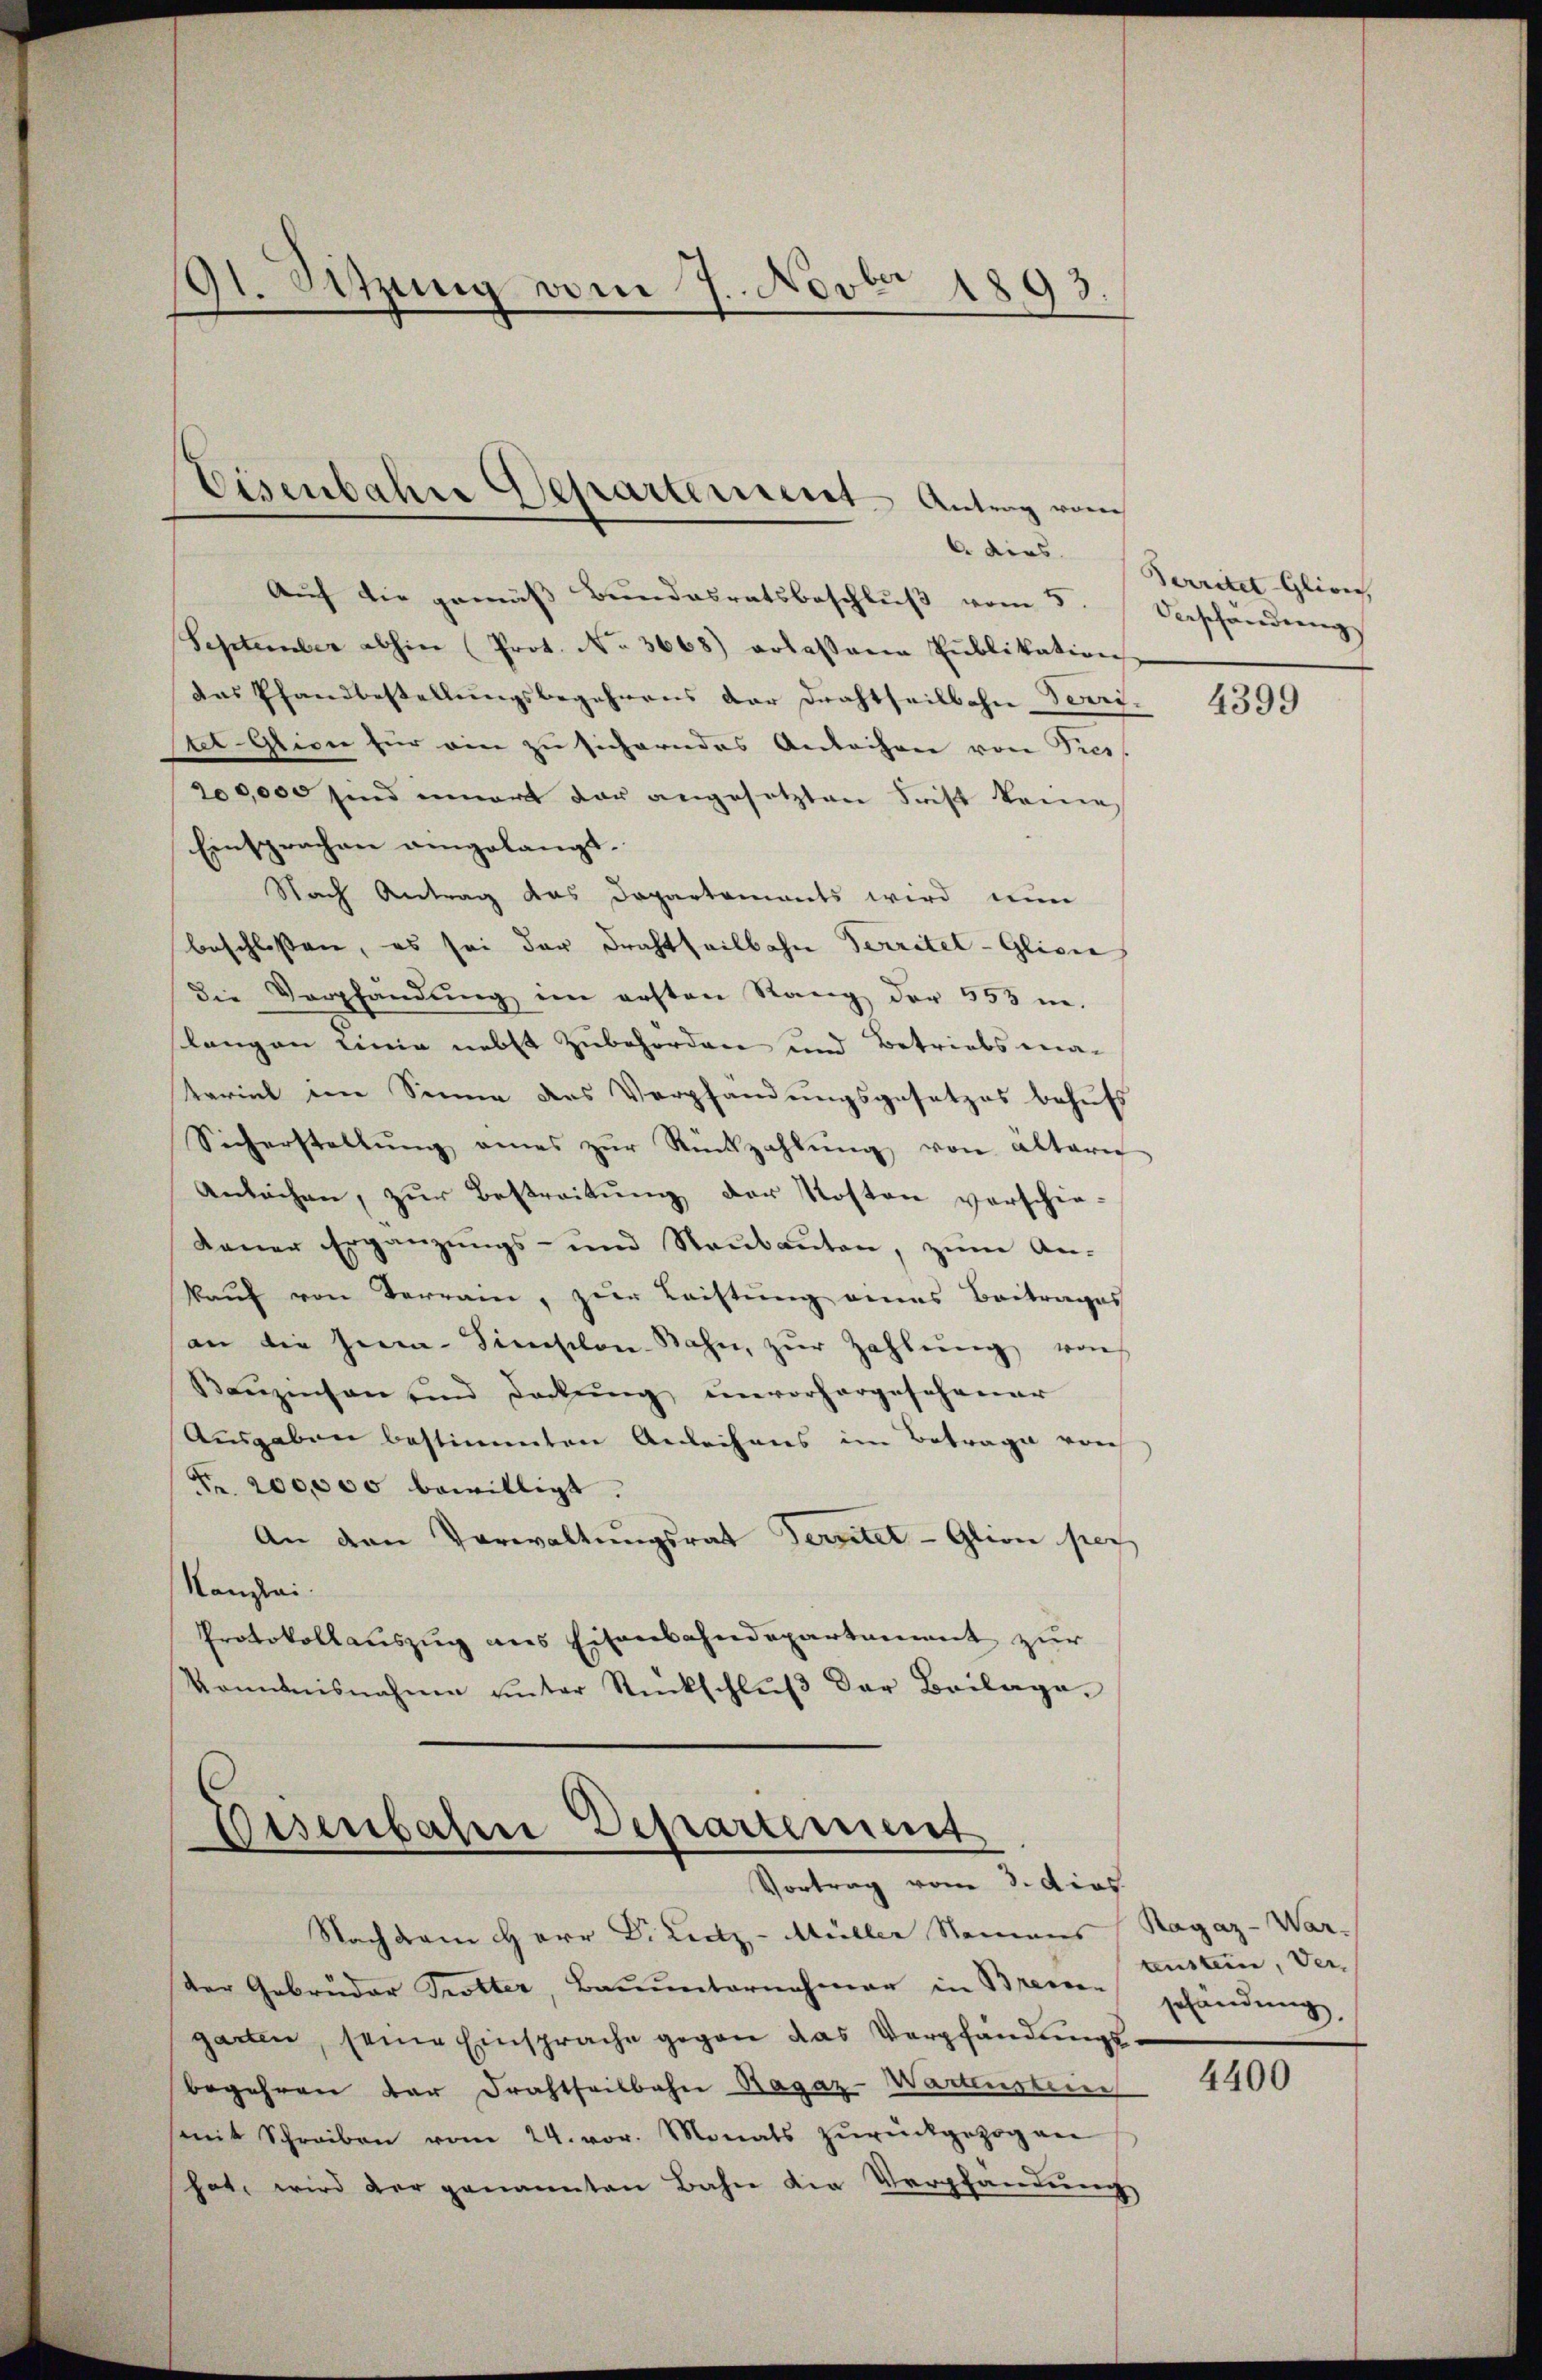
Auf die gemäß Bundesratsbeschluß vom 5
September abhin (Prot. No. 3668) erlassene Pŭblikation
das Pfandbestellungsbegehrens der Drahtheilbahn Terri- |
tet-Glion für ein zu sicherndes Anleihen von Pres
200,000 sind innert dar angesetzten Frist keine
Einsprachen angelangt.
Nach Antrag das Departements wird nun
beschlossen, es sei der Frachtheilbahn Territel-Glisie
die Verpfändung im ersten Rang der 553 ne.
slangen Linie nebst Zubehörden und Betriebsma-
terial im Sinne des Verpfändungsgesetzes behufs
Sicherstellŭng eines zŭr Rückzahlŭng von alterer
Anlächen, zur Bestreitung der Kosten verschie-
dauer Ergänzungs- und Raubauten, zum An-
kaŭf von Verrain, zur Leistung eines Beitrages
an die Herma-Simselon Bahn, zŭr Zahlŭng von
Benzinsen und Deckung unvorhergeschener
Ausgaben bestimmten Anleihens im Betrage von
Fr. 200,000 bewilligt.
An den Verwaltŭngsrat Territet -Glion per
Kanzlei.
Protokollauszug aus Eisenbahndepartament zur
kommnisnahme unter Rückschlŭβ der Beilage.

91. Sitzung vom 7. Novbr 1893.

Eisenbahre Departement. Antrag vom

Eisenbahre Departement
Vortrag vom 3. dies

Nachdem Herr Dr Leitz - Müller Namens Ragaz-War-
der Gebrüder Trotter, Bauunternehmer in Brem-
garten, seine Einsprache gegen das Verpfandungsbegehren dar Drahtheilbahn Bagaz-Wartenstein
amit Schreiben vom 24. vor. Monats zŭrückgezog an
hat, wird der genannten Bahn die Verpfandŭng

6 dies Bereitet Gleich,
Verschändung

4399

tenstein, Ver-
schändung,

4400